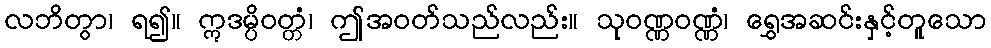
လဘိတွာ၊ ရ၍။ ဣဒမ္ပိဝတ္တံ၊ ဤအဝတ်သည်လည်း။ သုဝဏ္ဏဝဏ္ဏံ၊ ရွှေအဆင်းနှင့်တူသော